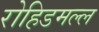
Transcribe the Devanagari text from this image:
रोहिडमल्ल